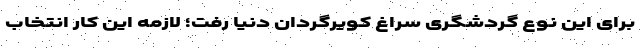
برای این نوع گردشگری سراغ کویرگردان دنیا رفت؛ لازمه این کار انتخاب